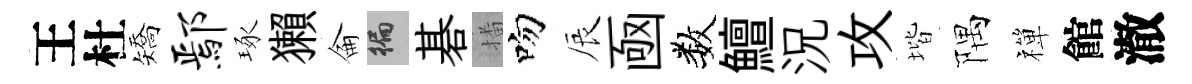
王杜矯鄢琢獺侖徧碁播吻辰凾数鱣況攻堦隅禪館澈